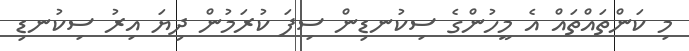
މި ކަންތައްތައް އެ މީހުންގެ ސިކުނޑިން ސިފަ ކުރަމުން ދިޔަ އިރު ސިކުނޑި